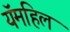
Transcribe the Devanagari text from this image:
यॅमहिल